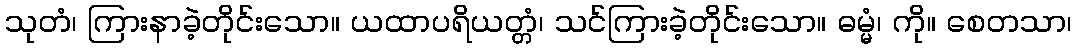
သုတံ၊ ကြားနာခဲ့တိုင်းသော။ ယထာပရိယတ္တံ၊ သင်ကြားခဲ့တိုင်းသော။ ဓမ္မံ၊ ကို။ စေတသာ၊